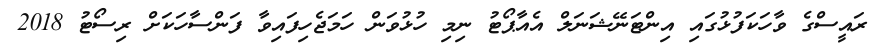
ރައީސްގެ ވާހަކަފުޅުގައި އިންޓަނޭޭޝަނަލް އެއާޕޯޓު ނިމި ހުޅުވަން ހަމަޖެހިފައިވާ ފަންސާހަކަށް ރިސޯޓު 2018